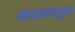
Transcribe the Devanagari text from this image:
मंडळांकडून